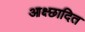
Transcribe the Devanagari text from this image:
आक्ष्छादित